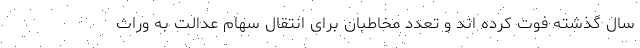
سال گذشته فوت کرده اند و تعدد مخاطبان برای انتقال سهام عدالت به وراث